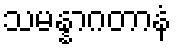
သမန္နာဂတာနံ